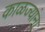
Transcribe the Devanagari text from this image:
काळज्यांना